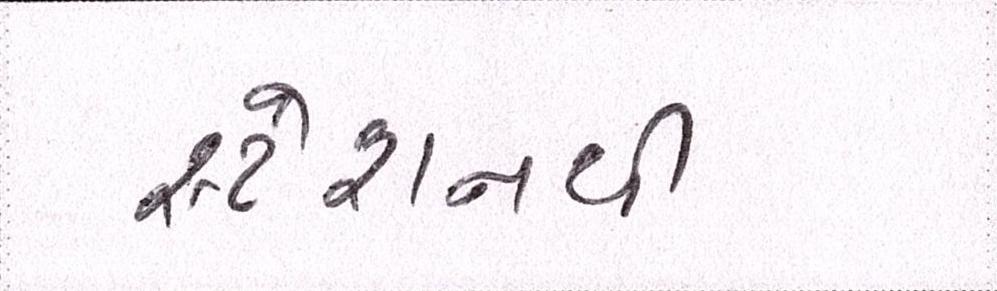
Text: સ્ટેશનથી